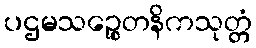
ပဌမသဉ္စေတနိကသုတ္တံ